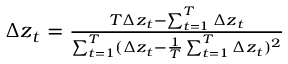
\begin{array} { r } { \Delta \boldsymbol { z } _ { t } = \frac { T \Delta \boldsymbol { z } _ { t } - \sum _ { t = 1 } ^ { T } \Delta \boldsymbol { z } _ { t } } { \sum _ { t = 1 } ^ { T } ( \Delta \boldsymbol { z } _ { t } - \frac { 1 } { T } \sum _ { t = 1 } ^ { T } \Delta \boldsymbol { z } _ { t } ) ^ { 2 } } } \end{array}